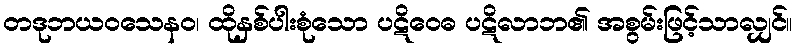
တဒုဘယဝသေနဝ၊ ထိုနှစ်ပါးစုံသော ပဋိဝေဓ ပဋိလာဘ၏ အစွမ်းဖြင့်သာလျှင်။